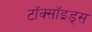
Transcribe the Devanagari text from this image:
टॉक्सॉइड्स